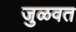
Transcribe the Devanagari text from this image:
जुळवत